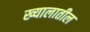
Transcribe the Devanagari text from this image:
ख्यालातील